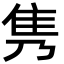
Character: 隽